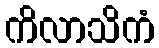
ကိလာသိကံ